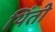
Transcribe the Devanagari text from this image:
थिंती